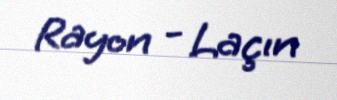
Rayon - Laçın